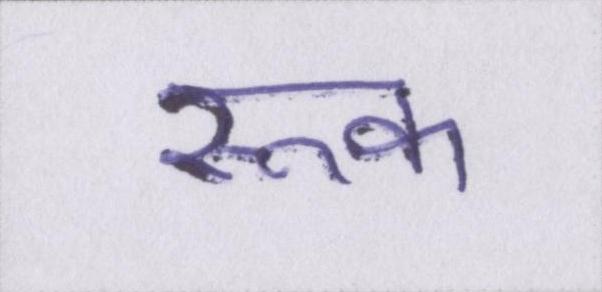
रूक